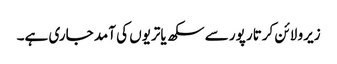
زیرو لائن کرتار پور سے سکھ یاتریوں کی آمد جاری ہے۔